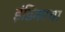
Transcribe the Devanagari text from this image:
इंडिकाचा